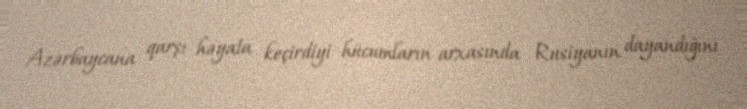
Azərbaycana qarşı həyata keçirdiyi hücumların arxasında Rusiyanın dayandığını